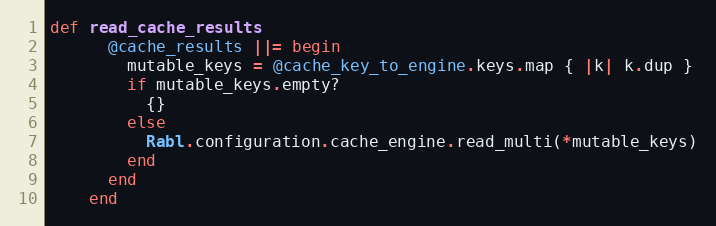
Language: Ruby
def read_cache_results
      @cache_results ||= begin
        mutable_keys = @cache_key_to_engine.keys.map { |k| k.dup }
        if mutable_keys.empty?
          {}
        else
          Rabl.configuration.cache_engine.read_multi(*mutable_keys)
        end
      end
    end